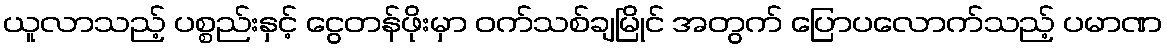
ယူလာသည့် ပစ္စည်းနှင့် ငွေတန်ဖိုးမှာ ဝက်သစ်ချမြိုင် အတွက် ပြောပလောက်သည့် ပမာဏ